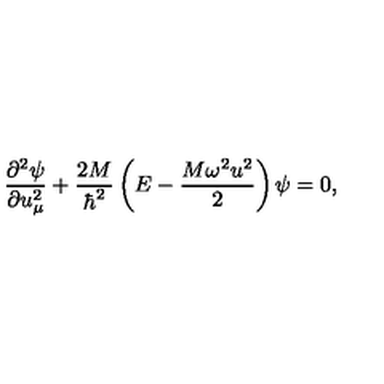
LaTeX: \frac { { \partial } ^ { 2 } \psi } { \partial u _ { \mu } ^ { 2 } } + \frac { 2 M } { \hbar ^ { 2 } } \left( E - \frac { M \omega ^ { 2 } u ^ { 2 } } { 2 } \right) \psi = 0 ,